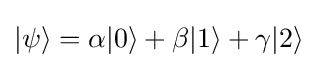
|\psi \rangle =\alpha |0\rangle +\beta |1\rangle +\gamma |2\rangle